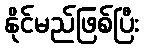
နိုင်မည်ဖြစ်ပြီး